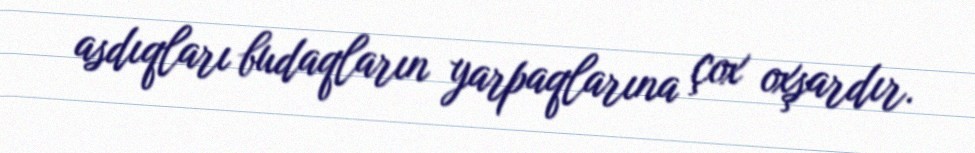
asdıqları budaqların yarpaqlarına çox oxşardır.